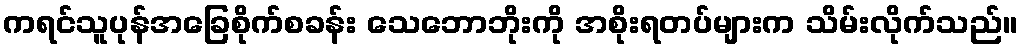
ကရင်သူပုန်အခြေစိုက်စခန်း သေဘောဘိုးကို အစိုးရတပ်များက သိမ်းလိုက်သည်။